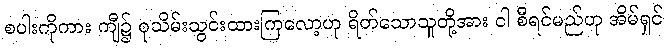
စပါးကိုကား ကျီ၌ စုသိမ်းသွင်းထားကြလော့ဟု ရိတ်သောသူတို့အား ငါ စီရင်မည်ဟု အိမ်ရှင်